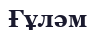
Ғұләм